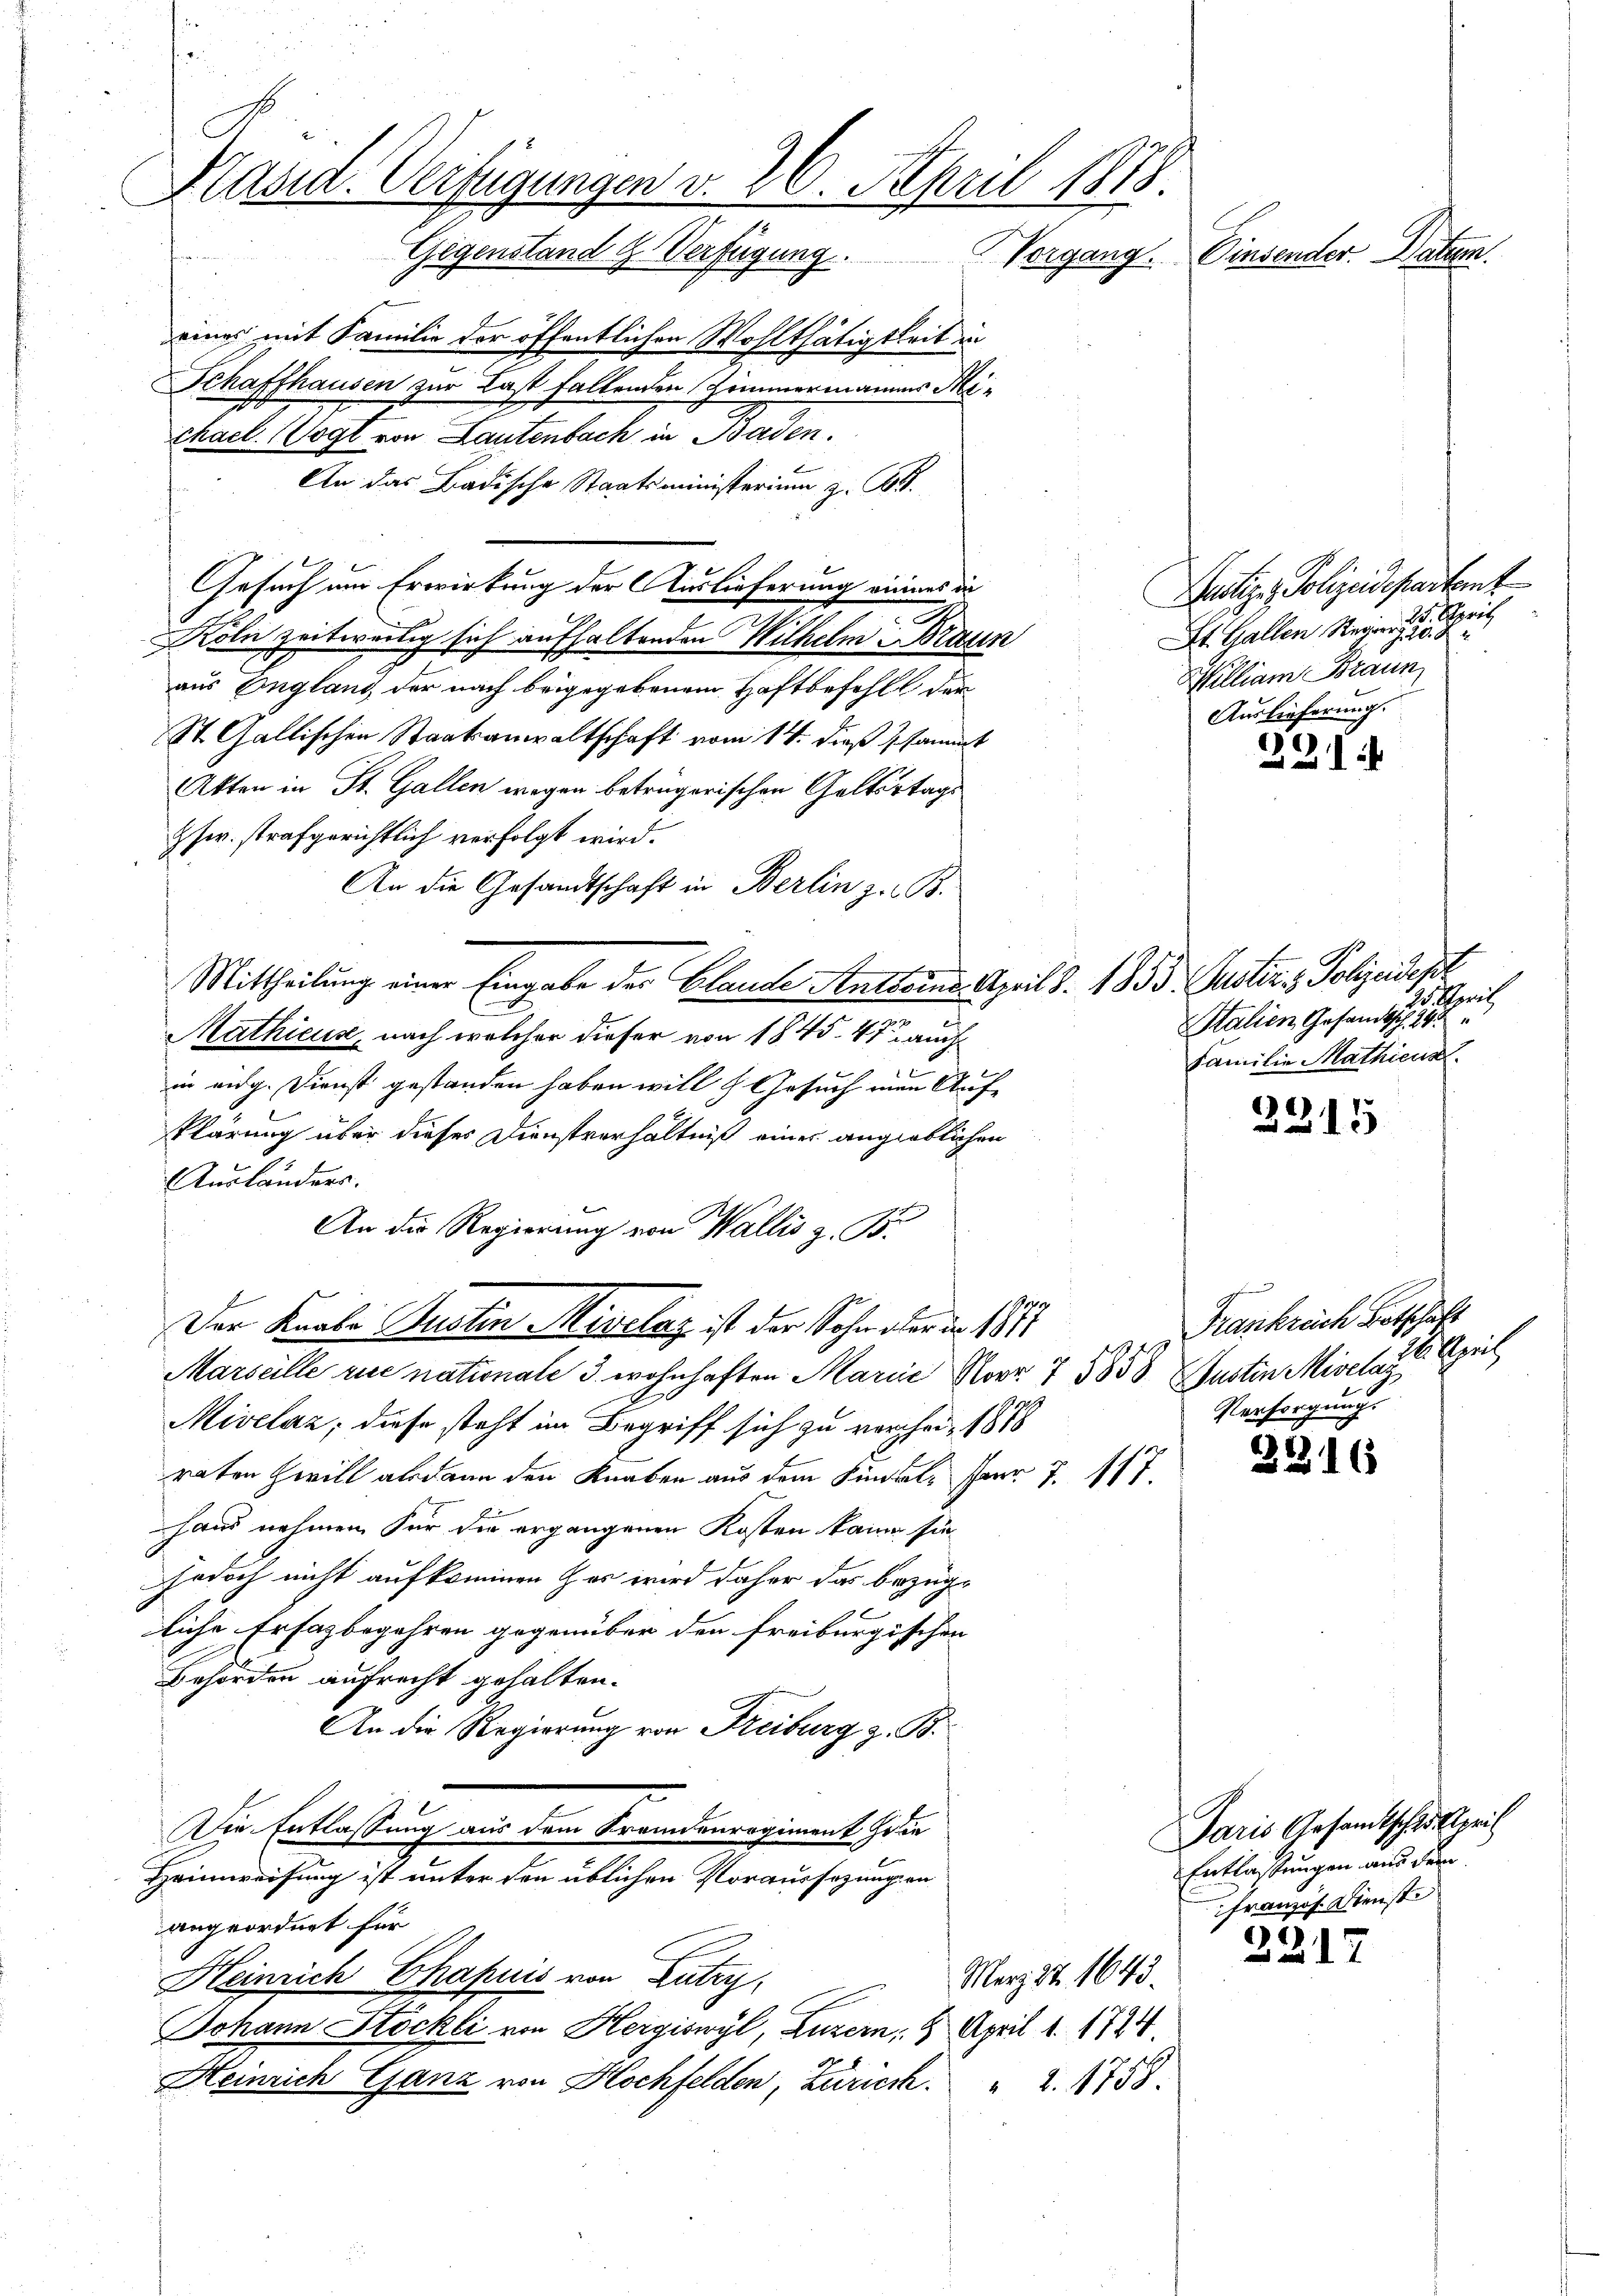
Präsid. Verfügungen v. 26. April 1818.

Gegenstand Verfügung.
eines mit Familie der öffentlichen Wohlthätigkeit in
Schaffhausen zur Last fallenden Zimmermannes Mi-
chael Cogl von Lautenbach in Baden.

An das Badische Staatsministerium z. B.
Gesuch um Erwirkung der Auslieferung einnes da
Koln zeitwärtig sich aufhaltenden Wilhelm Braun
aus England der nach beigegebenem Haftbefehlt der
St. Gallischen Staatsanwaltschaft vom 14. dieß sammt
Akten in St. Gallen wegen betrügerischen Geltertags
Zher. strafgerichtlich verfolgt wird.
An die Gesandtschaft in Berlin z. B.
Mittheilung einer Eingabe der Claude Anstern April d. 1833. Justiz & Polizeidepar
Mathicus, nach welcher dieser von 1845. 47 auch
in aug. Dienst gestanden haben will. Gesuch man Aufklärung über dieses Dienstverhältniß einer angieblichen
Ausländers.
An die Regierung von Wallis z. B.
Der Kaals Justin Mirclaz ist der Sohn aber der 1871
Marseille zue nationale 3. wohnhaften Marie Nr. 7 5853 lustin Miselaz
91
Mivelaz, diese steht im Begriff sich zu verheit 1818
raten Zwill alsdann den Knaben aus dem Kindel, Herr J. 177
haus nehmen Für die ergangenen Kosten kann sie
jedoch nicht aufkommen her wird daher das bezügliche Ersagbegehren gegenüber den freiburgischen
Behörden aufrecht gehalten.
An die Regierung von Freiburg z. B.
Die Entlaßung aus dem Fremdenregiment die
Heimweisung ist unter den üblichen Voraussezungen
angeordnet für
Heinrich Chapuis von Lutry,
März 22. 1643.
Johann Stöckli von Hergiswyl, Luzern, 8 April 1. 1794.
Heinrich Ganz von Hochfelden, Zürich. 2. 1758.

Vergang. Einsender Datum.

F. April
Stalien Gesandtsche
Familie Mathieus

231:

1
2215

Deitig - Polizeidepartent
25. April
St. Gallen Regier, 15. J
Milliam Braun
Auslieferung.

Frankreich Botschaft
fris
Versorgung.

2216

Paris Gesandtschultzeit
Entlassungen aus dem
Franzof Dienste
2217